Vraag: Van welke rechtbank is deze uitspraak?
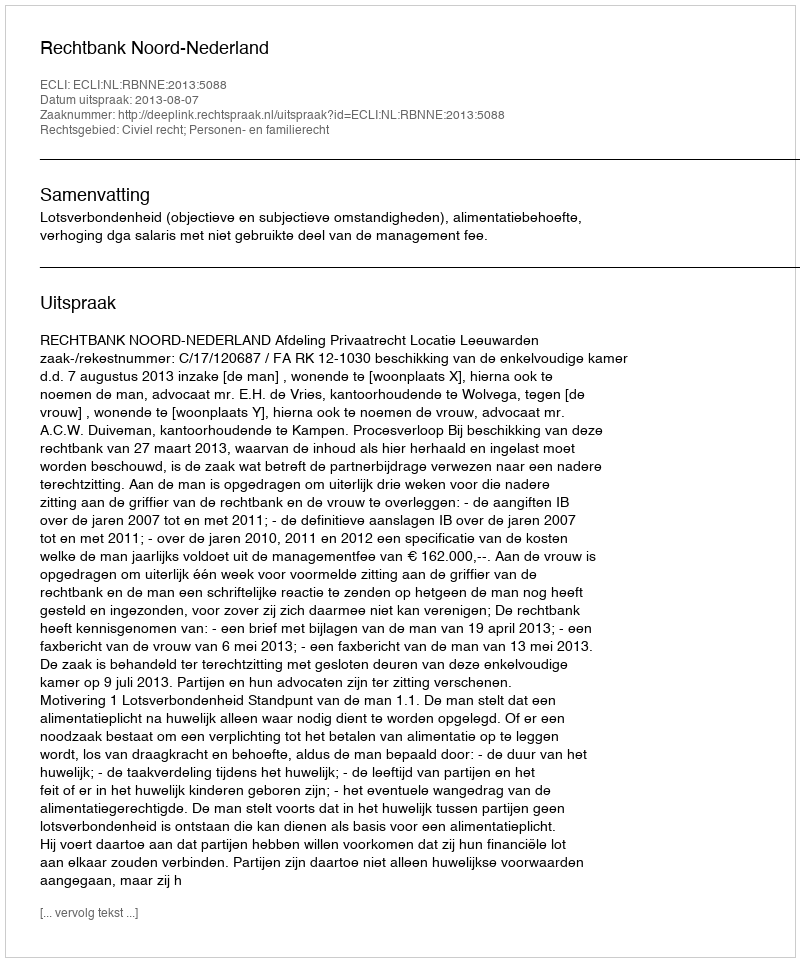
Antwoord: Rechtbank Noord-Nederland